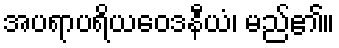
အပရာပရိယဝေဒနီယံ၊ မည်၏။